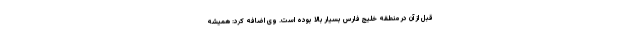
قبل از آن در منطقه خلیج فارس بسیار بالا بوده است. وی اضافه کرد: همیشه